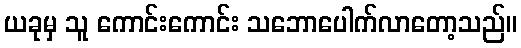
ယခုမှ သူ ကောင်းကောင်း သဘောပေါက်လာတော့သည်။